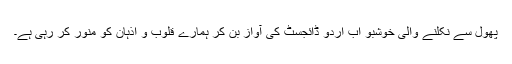
پھول سے نکلنے والی خوشبو اب اُردو ڈائجسٹ کی آواز بن کر ہمارے قلوب و اذہان کو منور کر رہی ہے۔